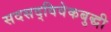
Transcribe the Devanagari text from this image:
सदसद्‌विवेकबुद्धी